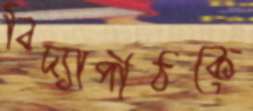
বিদ্যাপীঠকে